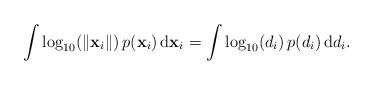
LaTeX: \begin{align*}\int\log_{10}(\Vert\mathbf{x}_{i}\Vert)\, p(\mathbf{x}_{i})\,\mathrm{d}\mathbf{x}_{i}=\int\log_{10}(d_{i})\, p(d_{i})\,\mathrm{d}d_{i}.\end{align*}